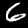
Digit: 6